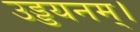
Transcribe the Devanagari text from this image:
उड्डयनम्।